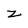
Character: z